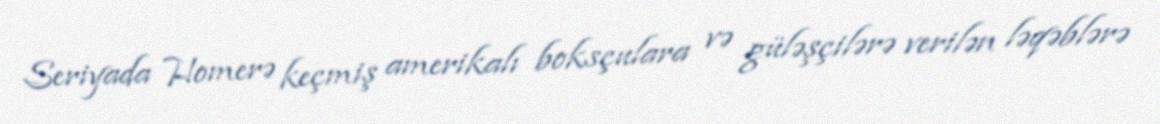
Seriyada Homerə keçmiş amerikalı boksçulara və güləşçilərə verilən ləqəblərə